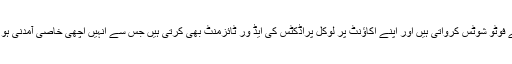
اب وہ اپنے فوٹو شوٹس کرواتی ہیں اور اپنے اکاﺅنٹ پر لوکل پراڈکٹس کی ایڈ ور ٹائزمنٹ بھی کرتی ہیں جس سے انہیں اچھی خاصی آمدنی ہو رہی ہے ۔